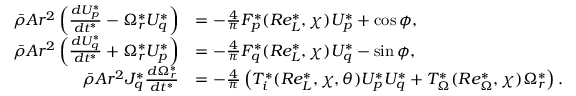
\begin{array} { r l } { \bar { \rho } A r ^ { 2 } \left( \frac { d U _ { p } ^ { * } } { d t ^ { * } } - \Omega _ { r } ^ { * } U _ { q } ^ { * } \right) } & { = - \frac { 4 } { \pi } F _ { p } ^ { * } ( R e _ { L } ^ { * } , \chi ) U _ { p } ^ { * } + \cos \phi , } \\ { \bar { \rho } A r ^ { 2 } \left( \frac { d U _ { q } ^ { * } } { d t ^ { * } } + \Omega _ { r } ^ { * } U _ { p } ^ { * } \right) } & { = - \frac { 4 } { \pi } F _ { q } ^ { * } ( R e _ { L } ^ { * } , \chi ) U _ { q } ^ { * } - \sin \phi , } \\ { \bar { \rho } A r ^ { 2 } J _ { q } ^ { * } \frac { d \Omega _ { r } ^ { * } } { d t ^ { * } } } & { = - \frac { 4 } { \pi } \left( T _ { i } ^ { * } ( R e _ { L } ^ { * } , \chi , \theta ) U _ { p } ^ { * } U _ { q } ^ { * } + T _ { \Omega } ^ { * } ( R e _ { \Omega } ^ { * } , \chi ) \Omega _ { r } ^ { * } \right) . } \end{array}